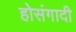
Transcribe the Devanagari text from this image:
होसंगादी